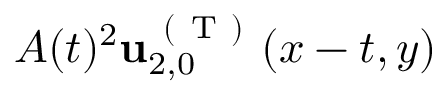
A ( t ) ^ { 2 } \mathbf { u } _ { 2 , 0 } ^ { \mathrm { ~ ( ~ T ~ ) ~ } } ( x - t , y )